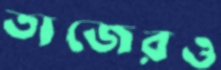
তাজেরও